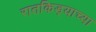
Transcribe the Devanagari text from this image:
रातकिड्याच्या